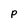
Character: p